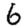
Digit: 6